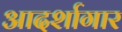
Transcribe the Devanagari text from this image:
आदर्शागार